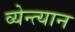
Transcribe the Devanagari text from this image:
व्येन्त्यान